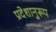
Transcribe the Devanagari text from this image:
प्रदेशानुरूप